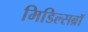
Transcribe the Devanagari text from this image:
मिडिल्सब्रॉ